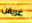
غريفن